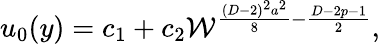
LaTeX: u_{0}(y)=c_{1}+c_{2}{\cal W}^{{\frac{(D-2)^{2}a^{2}}{8}}-{\frac{D-2p-1}{2}}},